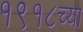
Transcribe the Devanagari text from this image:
१९१८च्या